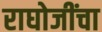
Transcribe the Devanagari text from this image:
राघोजींचा